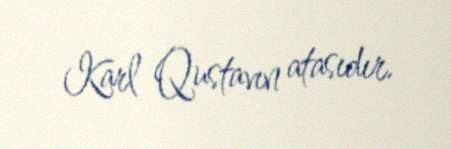
Karl Qustavın atasıdır.